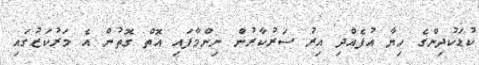
ކުޑަކުދިންގެ ހިޔާ އުފެއްދި އިރު ސަރުކާރުން ނިންމާފައި އޮތް ގޮތުން އެ މަރުކަޒުގައި